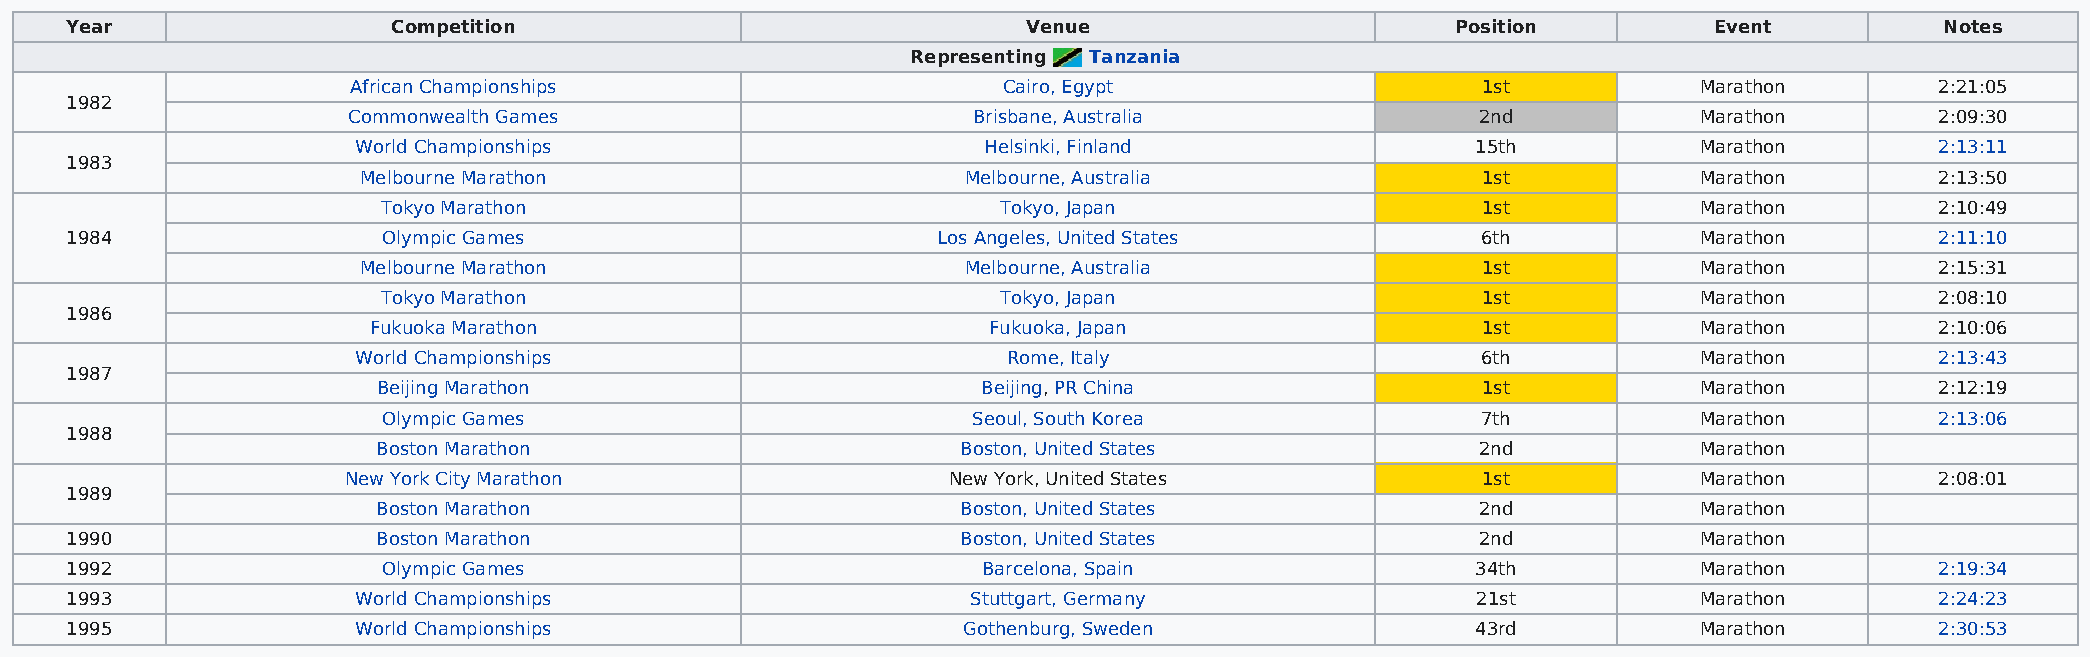
Year                  Competition                               Venue                       Position         Event           Notes
 Representing Tanzania
 African Championships                      Cairo, Egypt                    1st           Marathon        2:21:05
 1982
 Commonwealth Games                       Brisbane, Australia               2nd           Marathon        2:09:30
 World Championships                      Helsinki, Finland                15th          Marathon        2:13:11
 1983
 Melbourne Marathon                      Melbourne, Australia              1st           Marathon        2:13:50
 Tokyo Marathon                           Tokyo, Japan                    1st           Marathon        2:10:49
 1984                 Olympic Games                        Los Angeles, United States          6th           Marathon        2:11:10
 Melbourne Marathon                      Melbourne, Australia              1st           Marathon        2:15:31
 Tokyo Marathon                           Tokyo, Japan                    1st           Marathon        2:08:10
 1986
 Fukuoka Marathon                         Fukuoka, Japan                   1st           Marathon        2:10:06
 World Championships                        Rome, Italy                    6th           Marathon        2:13:43
 1987
 Beijing Marathon                        Beijing, PR China                1st           Marathon        2:12:19
 Olympic Games                          Seoul, South Korea                7th           Marathon        2:13:06
 1988
 Boston Marathon                        Boston, United States             2nd           Marathon
 New York City Marathon                  New York, United States            1st           Marathon        2:08:01
 1989
 Boston Marathon                        Boston, United States             2nd           Marathon
 1990                 Boston Marathon                        Boston, United States             2nd           Marathon
 1992                 Olympic Games                           Barcelona, Spain                 34th          Marathon        2:19:34
 1993                World Championships                     Stuttgart, Germany                21st          Marathon        2:24:23
 1995                World Championships                     Gothenburg, Sweden                43rd          Marathon        2:30:53